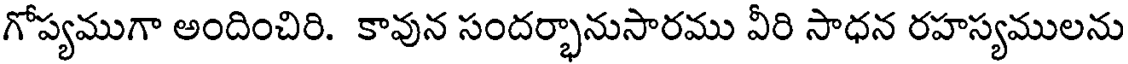
గోప్యముగా అందించిరి. కావున సందర్భానుసారము వీరి సాధన రహస్యములను